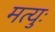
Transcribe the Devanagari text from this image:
मत्युः